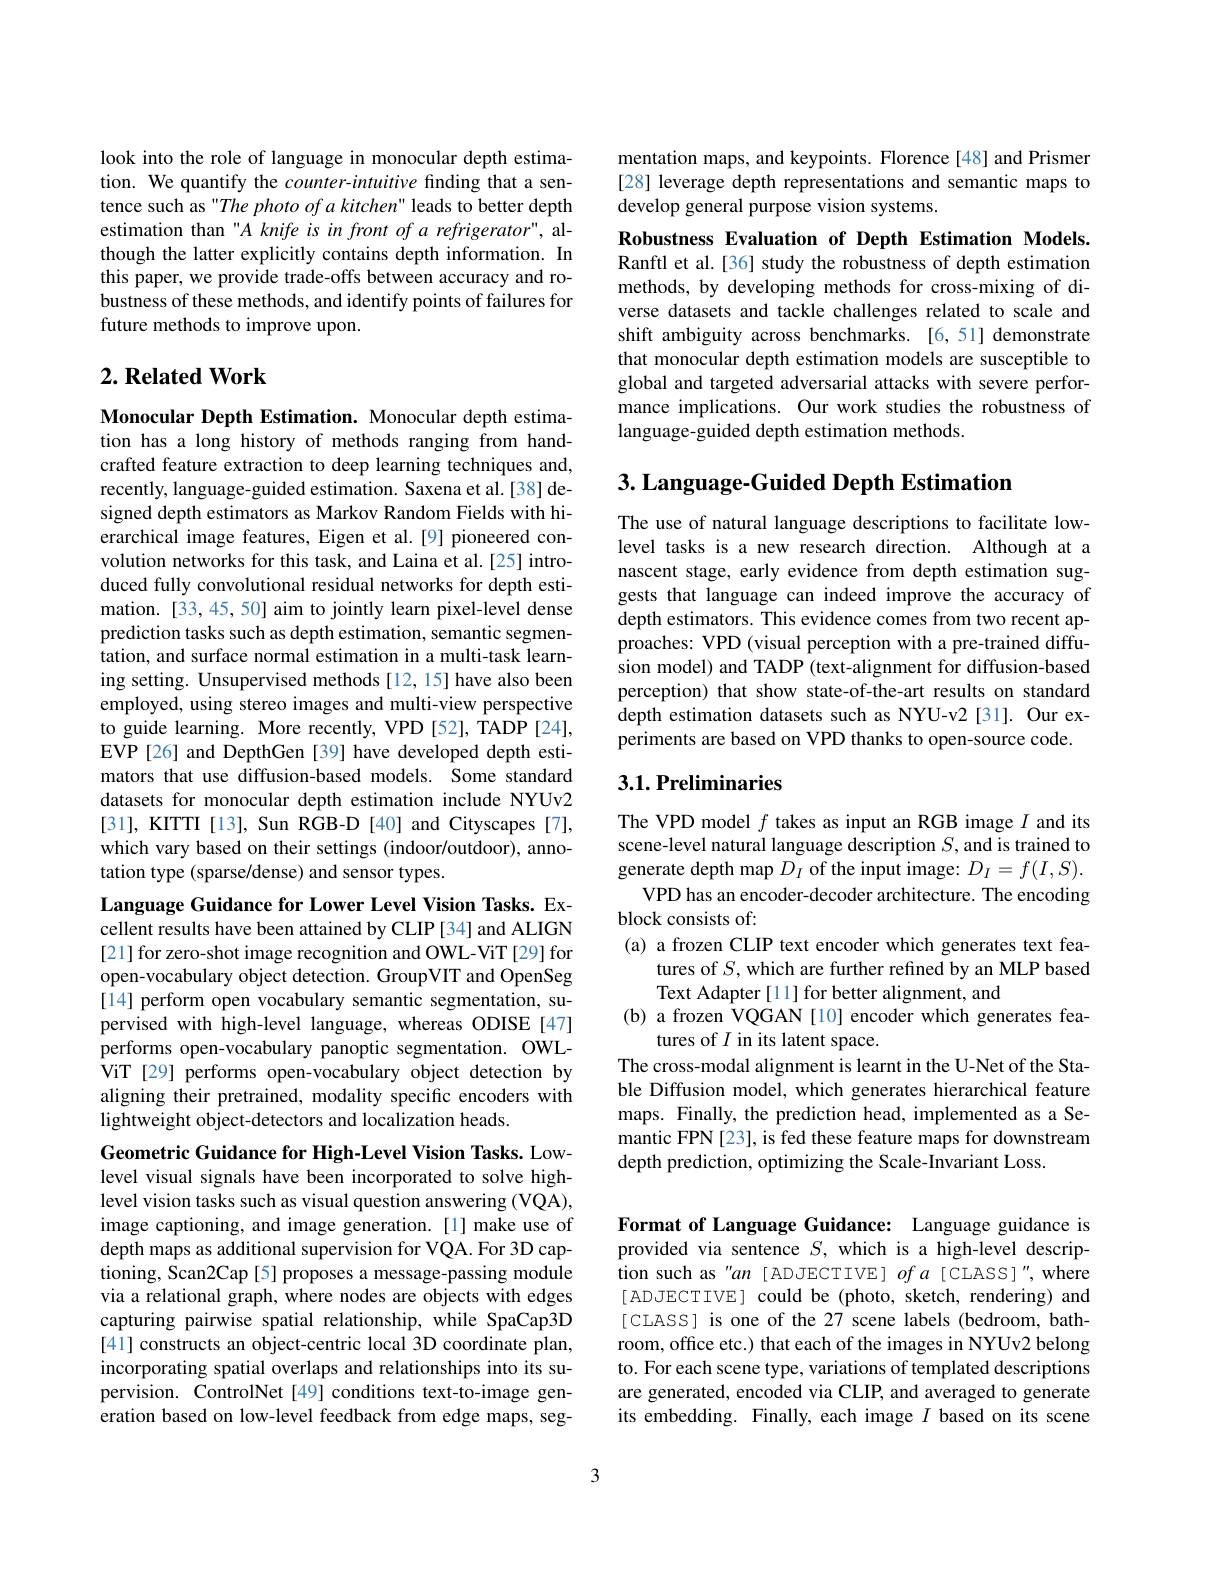
look into the role of language in monocular depth estimation. We quantify the counter-intuitive finding that a sentence such as "The photo of a kitchen" leads to better depth estimation than"A knife is in front of a refrigerator", although the latter explicitly contains depth information. In this paper, we provide trade-offs between accuracy and robustness of these methods, and identify points of failures for future methods to improve upon.

## $2. \textbf{Related Work}$

Monocular Depth Estimation. Monocular depth estimation has a long history of methods ranging from handcrafted feature extraction to deep learning techniques and, recently, language-guided estimation. Saxena et al.[38] designed depth estimators as Markov Random Fields with hierarchical image features, Eigen et al.[9] pioneered convolution networks for this task, and Laina et al.[25] introduced fully convolutional residual networks for depth estimation.[33,45,50] aim to jointly learn pixel-level dense prediction tasks such as depth estimation, semantic segmentation, and surface normal estimation in a multi-task learning setting. Unsupervised methods [12,15] have also been employed, using stereo images and multi-view perspective to guide learning. More recently, VPD [52], TADP [24], EVP[26] and DepthGen [39] have developed depth estimators that use diffusion-based models. Some standard datasets for monocular depth estimation include NYUv2 [31], KITTI [13], Sun RGB-D [40] and Cityscapes [7], which vary based on their settings (indoor/outdoor), annotation type (sparse/dense) and sensor types.

Language Guidance for Lower Level Vision Tasks. Excellent results have been attained by CLIP [34] and ALIGN [21] for zero-shot image recognition and OWL-ViT [29] for open-vocabulary object detection. GroupVIT and OpenSeg [14] perform open vocabulary semantic segmentation, supervised with high-level language, whereas ODISE[47] performs open-vocabulary panoptic segmentation. OWL- $\hat{\mathrm{ViT~[29]~performs~open-vocabulary~object~detection~by}}$ aligning their pretrained, modality specific encoders with lightweight object-detectors and localization heads.

Geometric Guidance for High-Level Vision Tasks. Low-

level visual signals have been incorporated to solve highlevel vision tasks such as visual question answering (VQA), image captioning, and image generation. [1] make use of depth maps as additional supervision for VQA. For 3D captioning, Scan2Cap [5] proposes a message-passing module via a relational graph, where nodes are objects with edges capturing pairwise spatial relationship, while SpaCap3D [41] constructs an object-centric local 3D coordinate plan, incorporating spatial overlaps and relationships into its supervision. ControlNet[49] conditions text-to-image generation based on low-level feedback from edge maps, seg-

mentation maps, and keypoints. Florence [48] and Prismer [28] leverage depth representations and semantic maps to develop general purpose vision systems.

Robustness Evaluation of Depth Estimation Models. Ranftl et al.[36] study the robustness of depth estimation methods, by developing methods for cross-mixing of diverse datasets and tackle challenges related to scale and shift ambiguity across benchmarks.[6,51] demonstrate that monocular depth estimation models are susceptible to global and targeted adversarial attacks with severe performance implications. Our work studies the robustness of language-guided depth estimation methods.

# 3. Language-Guided Depth Estimation

The use of natural language descriptions to facilitate lowlevel tasks is a new research direction. Although at a nascent stage, early evidence from depth estimation suggests that language can indeed improve the accuracy of depth estimators. This evidence comes from two recent approaches: VPD (visual perception with a pre-trained diffusion model) and TADP (text-alignment for diffusion-based perception) that show state-of-the-art results on standard depth estimation datasets such as NYU-v2 [31]. Our experiments are based on VPD thanks to open-source code.

## 3.1. Preliminaries

The VPD model $f$ takes as input an RGB image $I$ and its scene-level natural language description $S$,and is trained to generate depth map $D_I$ of the input image: $D_I=f(I,S).$
VPD has an encoder-decoder architecture. The encoding
block consists of:
(a) a frozen CLIP text encoder which generates text fea-
tures of $S$, which are further refined by an MLP based
Text Adapter [11] for better alignment, and
(b) a frozen VQGAN [10] encoder which generates fea-
tures of $I$ in its latent space.
The cross-modal alignment is learnt in the U-Net of the Stable Diffusion model, which generates hierarchical feature maps. Finally, the prediction head, implemented as a Semantic FPN [23], is fed these feature maps for downstream depth prediction, optimizing the Scale-Invariant Loss.

Format of Language Guidance: Language guidance is provided via sentence $S$, which is a high-level description such as "an [ ADJECTIVE] ofa [CLASS]", where [ADJECTIVE] could be (photo, sketch, rendering) and [CLASS] is one of the 27 scene labels (bedroom, bathroom, office etc.) that each of the images in NYUv2 belong to. For each scene type, variations of templated descriptions are generated, encoded via CLIP, and averaged to generate its embedding. Finally, each image $I$ based on its scene

3